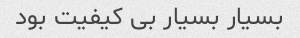
بسیار بسیار بی کیفیت بود